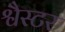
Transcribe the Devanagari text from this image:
श्वैस्टर